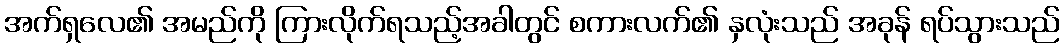
အက်ရှလေ၏ အမည်ကို ကြားလိုက်ရသည့်အခါတွင် စကားလက်၏ နှလုံးသည် အခုန် ရပ်သွားသည်